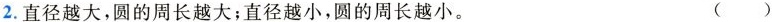
2.直径越大，圆的周长越大；直径越小，圆的周长约小。 ( )